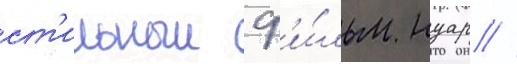
ст'ильныи ф'и́льм нуар //